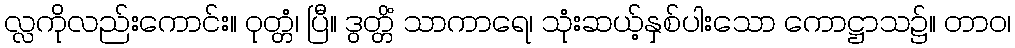
လ္လကိုလည်းကောင်း။ ဝုတ္တံ၊ ပြီ။ ဒွတ္တိံ သာကာရေ၊ သုံးဆယ့်နှစ်ပါးသော ကောဋ္ဌာသ၌။ တာဝ၊